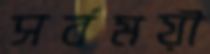
সর্বময়ী